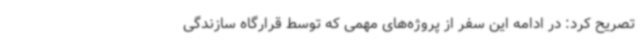
تصریح کرد: در ادامه این سفر از پروژه‌های مهمی که توسط قرارگاه سازندگی